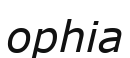
орһіа